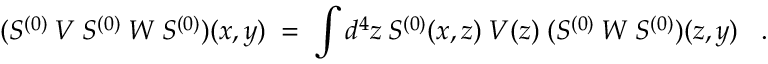
( S ^ { ( 0 ) } \: V \: S ^ { ( 0 ) } \: W \: S ^ { ( 0 ) } ) ( x , y ) \; = \; \int d ^ { 4 } z \: S ^ { ( 0 ) } ( x , z ) \: V ( z ) \; ( S ^ { ( 0 ) } \: W \: S ^ { ( 0 ) } ) ( z , y ) \; \; \; .